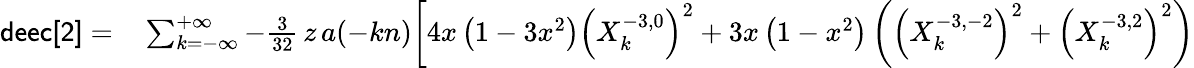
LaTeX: \begin{array}{rl}{{\sf deec[2]}=}&{{}\sum_{k=-\infty}^{+\infty}-\frac{3}{32}\, z\, a(-kn)\bigg[4x\left(1-3x^{2}\right)\left(X_{k}^{-3,0}\right)^{2}+3x\left(1-x^{2}\right)\left(\left(X_{k}^{-3,-2}\right)^{2}+\left(X_{k}^{-3,2}\right)^{2}\right)}\end{array}